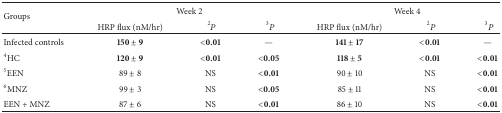
<table><thead><tr><td rowspan="2"><b>Groups</b></td><td colspan="3"><b>Week 2</b></td><td colspan="3"><b>Week 4</b></td></tr><tr><td><b>HRP flux (nM/hr)</b></td><td><b> <sup>2</sup><i>P</i></b></td><td><b> <sup>3</sup><i>P</i></b></td><td><b>HRP flux (nM/hr)</b></td><td><b> <sup>2</sup><i>P</i></b></td><td><b> <sup>3</sup><i>P</i></b></td></tr></thead><tbody><tr><td>Infected controls</td><td><b>150 ± 9</b></td><td><b>&lt;0.01</b></td><td>—</td><td><b>141 ± 17</b></td><td><b>&lt;0.01</b></td><td>—</td></tr><tr><td><sup>4</sup>HC </td><td><b>120 ± 9</b></td><td><b>&lt;0.01</b></td><td><b>&lt;0.05</b></td><td><b>118 ± 5</b></td><td><b>&lt;0.01</b></td><td><b>&lt;0.01</b></td></tr><tr><td><sup>5</sup>EEN </td><td>89 ± 8</td><td>NS</td><td><b>&lt;0.01</b></td><td>90 ± 10</td><td>NS</td><td><b>&lt;0.01</b></td></tr><tr><td><sup>6</sup>MNZ </td><td>99 ± 3</td><td>NS</td><td><b>&lt;0.05</b></td><td>85 ± 11</td><td>NS</td><td><b>&lt;0.01</b></td></tr><tr><td>EEN + MNZ </td><td>87 ± 6</td><td>NS</td><td><b>&lt;0.01</b></td><td>86 ± 10</td><td>NS</td><td><b>&lt;0.01</b></td></tr></tbody></table>